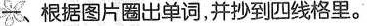
一、根据图片圈出单词，并抄到四线格里。